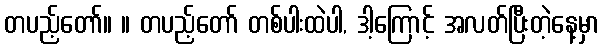
တပည့်တော်။ ။ တပည့်တော် တစ်ပါးထဲပါ, ဒါ့ကြောင့် အလတ်ပြီးတဲ့နေ့မှာ